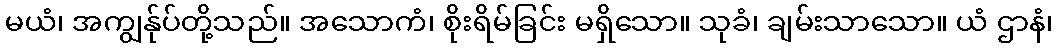
မယံ၊ အကျွန်ုပ်တို့သည်။ အသောကံ၊ စိုးရိမ်ခြင်း မရှိသော။ သုခံ၊ ချမ်းသာသော။ ယံ ဌာနံ၊